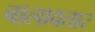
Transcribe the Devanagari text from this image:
बालावतार